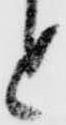
と